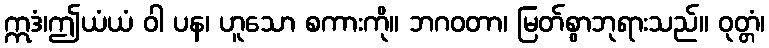
ဣဒံ၊ဤယံယံ ဝါ ပန၊ ဟူသော စကားကို။ ဘဂဝတာ၊ မြတ်စွာဘုရားသည်။ ဝုတ္တံ၊